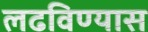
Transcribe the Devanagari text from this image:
लढविण्यास